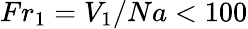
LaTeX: Fr_{1}=V_{1}/Na<100